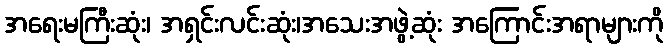
အရေးမကြီးဆုံး၊ အရှင်းလင်းဆုံး၊အသေးအဖွဲ့ဆုံး အကြောင်းအရာများကို